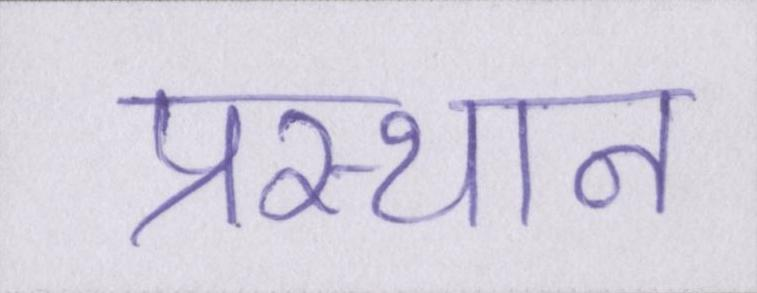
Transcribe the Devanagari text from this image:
प्रस्थान